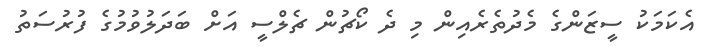
އެކަމަކު ސީޒަންގެ މެދުތެރެއިން މި ދެ ކޯޗުން ޗެލްސީ އަށް ބަދަލުވުމުގެ ފުރުސަތު